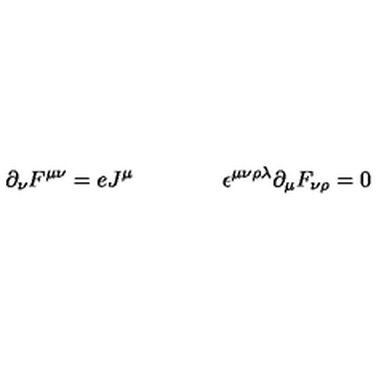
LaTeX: \partial _ { \nu } F ^ { \mu \nu } = e J ^ { \mu } \qquad \qquad \epsilon ^ { \mu \nu \rho \lambda } \partial _ { \mu } F _ { \nu \rho } = 0